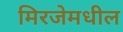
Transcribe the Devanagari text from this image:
मिरजेमधील